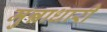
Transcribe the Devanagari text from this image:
मुन्नाधारी